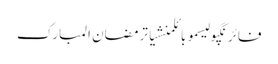
فائرنگپولیسموبائلمنشیاترمضان المبارک